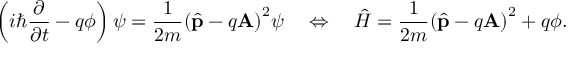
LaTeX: E _ { x y , z x } = 3 l ^ { 2 } m n V _ { d d \sigma } + m n ( 1 - 4 l ^ { 2 } ) V _ { d d \pi } + m n ( l ^ { 2 } - 1 ) V _ { d d \delta }